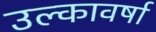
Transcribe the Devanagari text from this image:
उल्कावर्षा